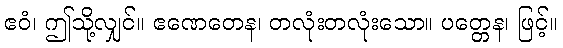
ဧဝံ၊ ဤသို့လျှင်။ ဧဏေတေန၊ တလုံးတလုံးသော။ ပတ္တေန၊ ဖြင့်။